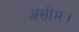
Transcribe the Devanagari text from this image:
असीम।